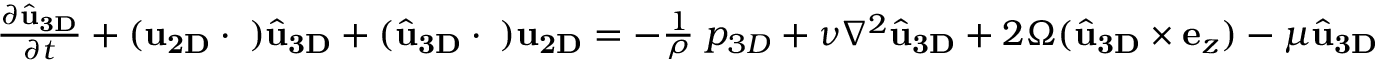
\begin{array} { r } { \frac { \partial \widehat { \bf u } _ { \bf 3 D } } { \partial t } + ( { \bf u } _ { \bf 2 D } \cdot { \bf \nabla } ) \widehat { \bf u } _ { \bf 3 D } + ( \widehat { \bf u } _ { \bf 3 D } \cdot { \bf \nabla } ) { \bf u } _ { \bf 2 D } = - \frac { 1 } { \rho } { \bf \nabla } p _ { 3 D } + \nu \nabla ^ { 2 } \widehat { \bf u } _ { \bf 3 D } + 2 \Omega ( \widehat { \bf u } _ { \bf 3 D } \times { \bf e } _ { z } ) - \mu \widehat { \bf u } _ { \bf 3 D } } \end{array}